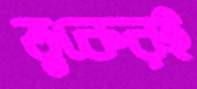
ত্বকেরই